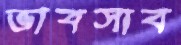
ভাবসাব